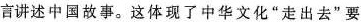
言讲述中国故事。这体现了中华文化”走出去”要